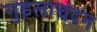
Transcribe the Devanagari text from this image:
गुड़लाचंदन